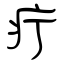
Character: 疔